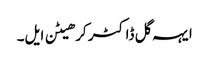
ایہہ گل ڈاکٹر کرھیٹن ایل۔